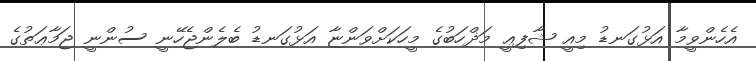
އެހެންވީމާ އަޅުގަނޑު މިއީ ޝާފިޢީ މަޛްހަބުގެ މީހަކަށްވަންޏާ އަޅުގަނޑު ބެލެންޖެހޭނީ ސުންނީ ޖަމާޢަތުގެ